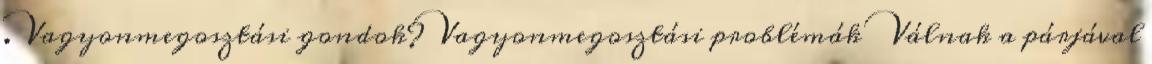
. Vagyonmegosztási gondok? Vagyonmegosztási problémák Válnak a párjával